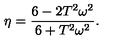
\eta = \frac { 6 - 2 T ^ { 2 } \omega ^ { 2 } } { 6 + T ^ { 2 } \omega ^ { 2 } } .